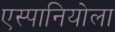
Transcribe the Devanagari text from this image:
एस्पानियोला